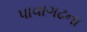
પાવાગઢના